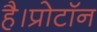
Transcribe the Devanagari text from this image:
है।प्रोटॉन